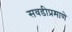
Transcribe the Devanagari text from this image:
सवडीप्रमाणे